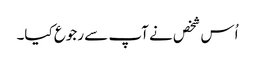
اُس شخص نے آپ سے رجوع کیا۔